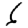
Digit: 6